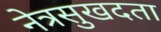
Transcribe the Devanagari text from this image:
नेत्रसुखदता